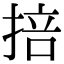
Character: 掊